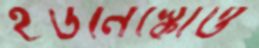
ইউনেস্কোও